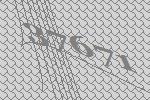
37671